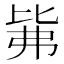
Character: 𰐕